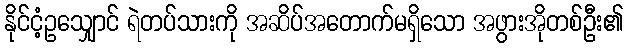
နိုင်ငံ့ဥသျှောင် ရဲတပ်သားကို အဆိပ်အတောက်မရှိသော အဖွားအိုတစ်ဦး၏